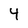
Character: 4